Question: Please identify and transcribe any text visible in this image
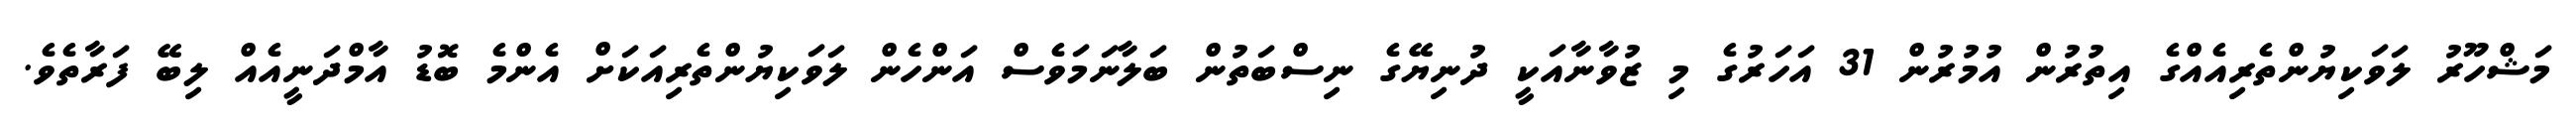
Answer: މަޝްހޫރު ލަވަކިޔުންތެރިއެއްގެ އިތުރުން އުމުރުން 31 އަހަރުގެ މި ޒުވާނާއަކީ ދުނިޔޭގެ ނިސްބަތުން ބަލާނަމަވެސް އަންހެން ލަވަކިޔުންތެރިއަކަށް އެންމެ ބޮޑު އާމްދަނީއެއް ލިބޭ ފަރާތެވެ.